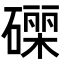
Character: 𮁄